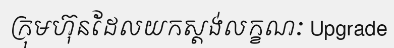
ក្រុមហ៊ុនដែលយកស្តង់លក្ខណៈ Upgrade